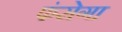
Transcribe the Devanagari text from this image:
फंसेगा